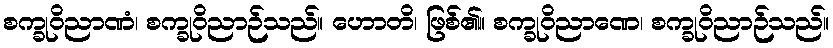
စက္ခုဝိညာဏံ၊ စက္ခုဝိညာဉ်သည်။ ဟောတိ၊ ဖြစ်၏။ စက္ခုဝိညာဏေ၊ စက္ခုဝိညာဉ်သည်။